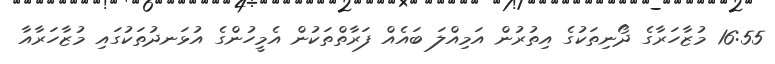
16:55 މުޒާހަރާގެ ދޯނިތަކުގެ އިތުރުން އަމިއްލަ ބައެއް ފަރާތްތަކުން އެމީހުންގެ އުޅަނދުތަކުގައި މުޒާހަރާއާ